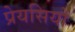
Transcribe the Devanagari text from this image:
प्रेयसियों